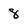
Character: 8